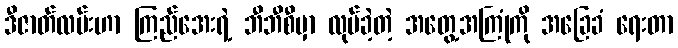
ဒီဇာတ်လမ်းဟာ ကြည်အေးရဲ့ ဘီဘီစီမှာ လုပ်ခဲ့တဲ့ အတွေ့အကြုံကို အခြေခံ ရေးတာ